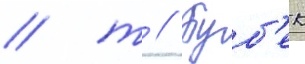
/ т // Буб'ек